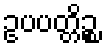
ဥပပတ္တိဉ္စ